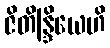
ဇိတိန္ဒြိယေဟိ